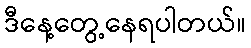
ဒီနေ့တွေ့နေရပါတယ်။